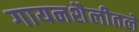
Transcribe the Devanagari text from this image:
गायनशैलीतले